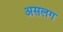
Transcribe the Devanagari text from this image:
असलग